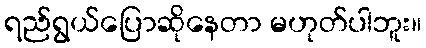
ရည်ရွယ်ပြောဆိုနေတာ မဟုတ်ပါဘူး။